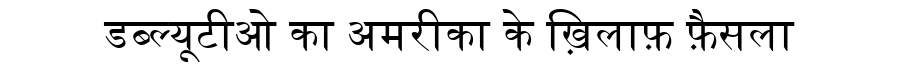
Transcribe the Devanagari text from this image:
डब्ल्यूटीओ का अमरीका के ख़िलाफ़ फ़ैसला